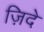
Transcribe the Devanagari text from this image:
ज़िदे